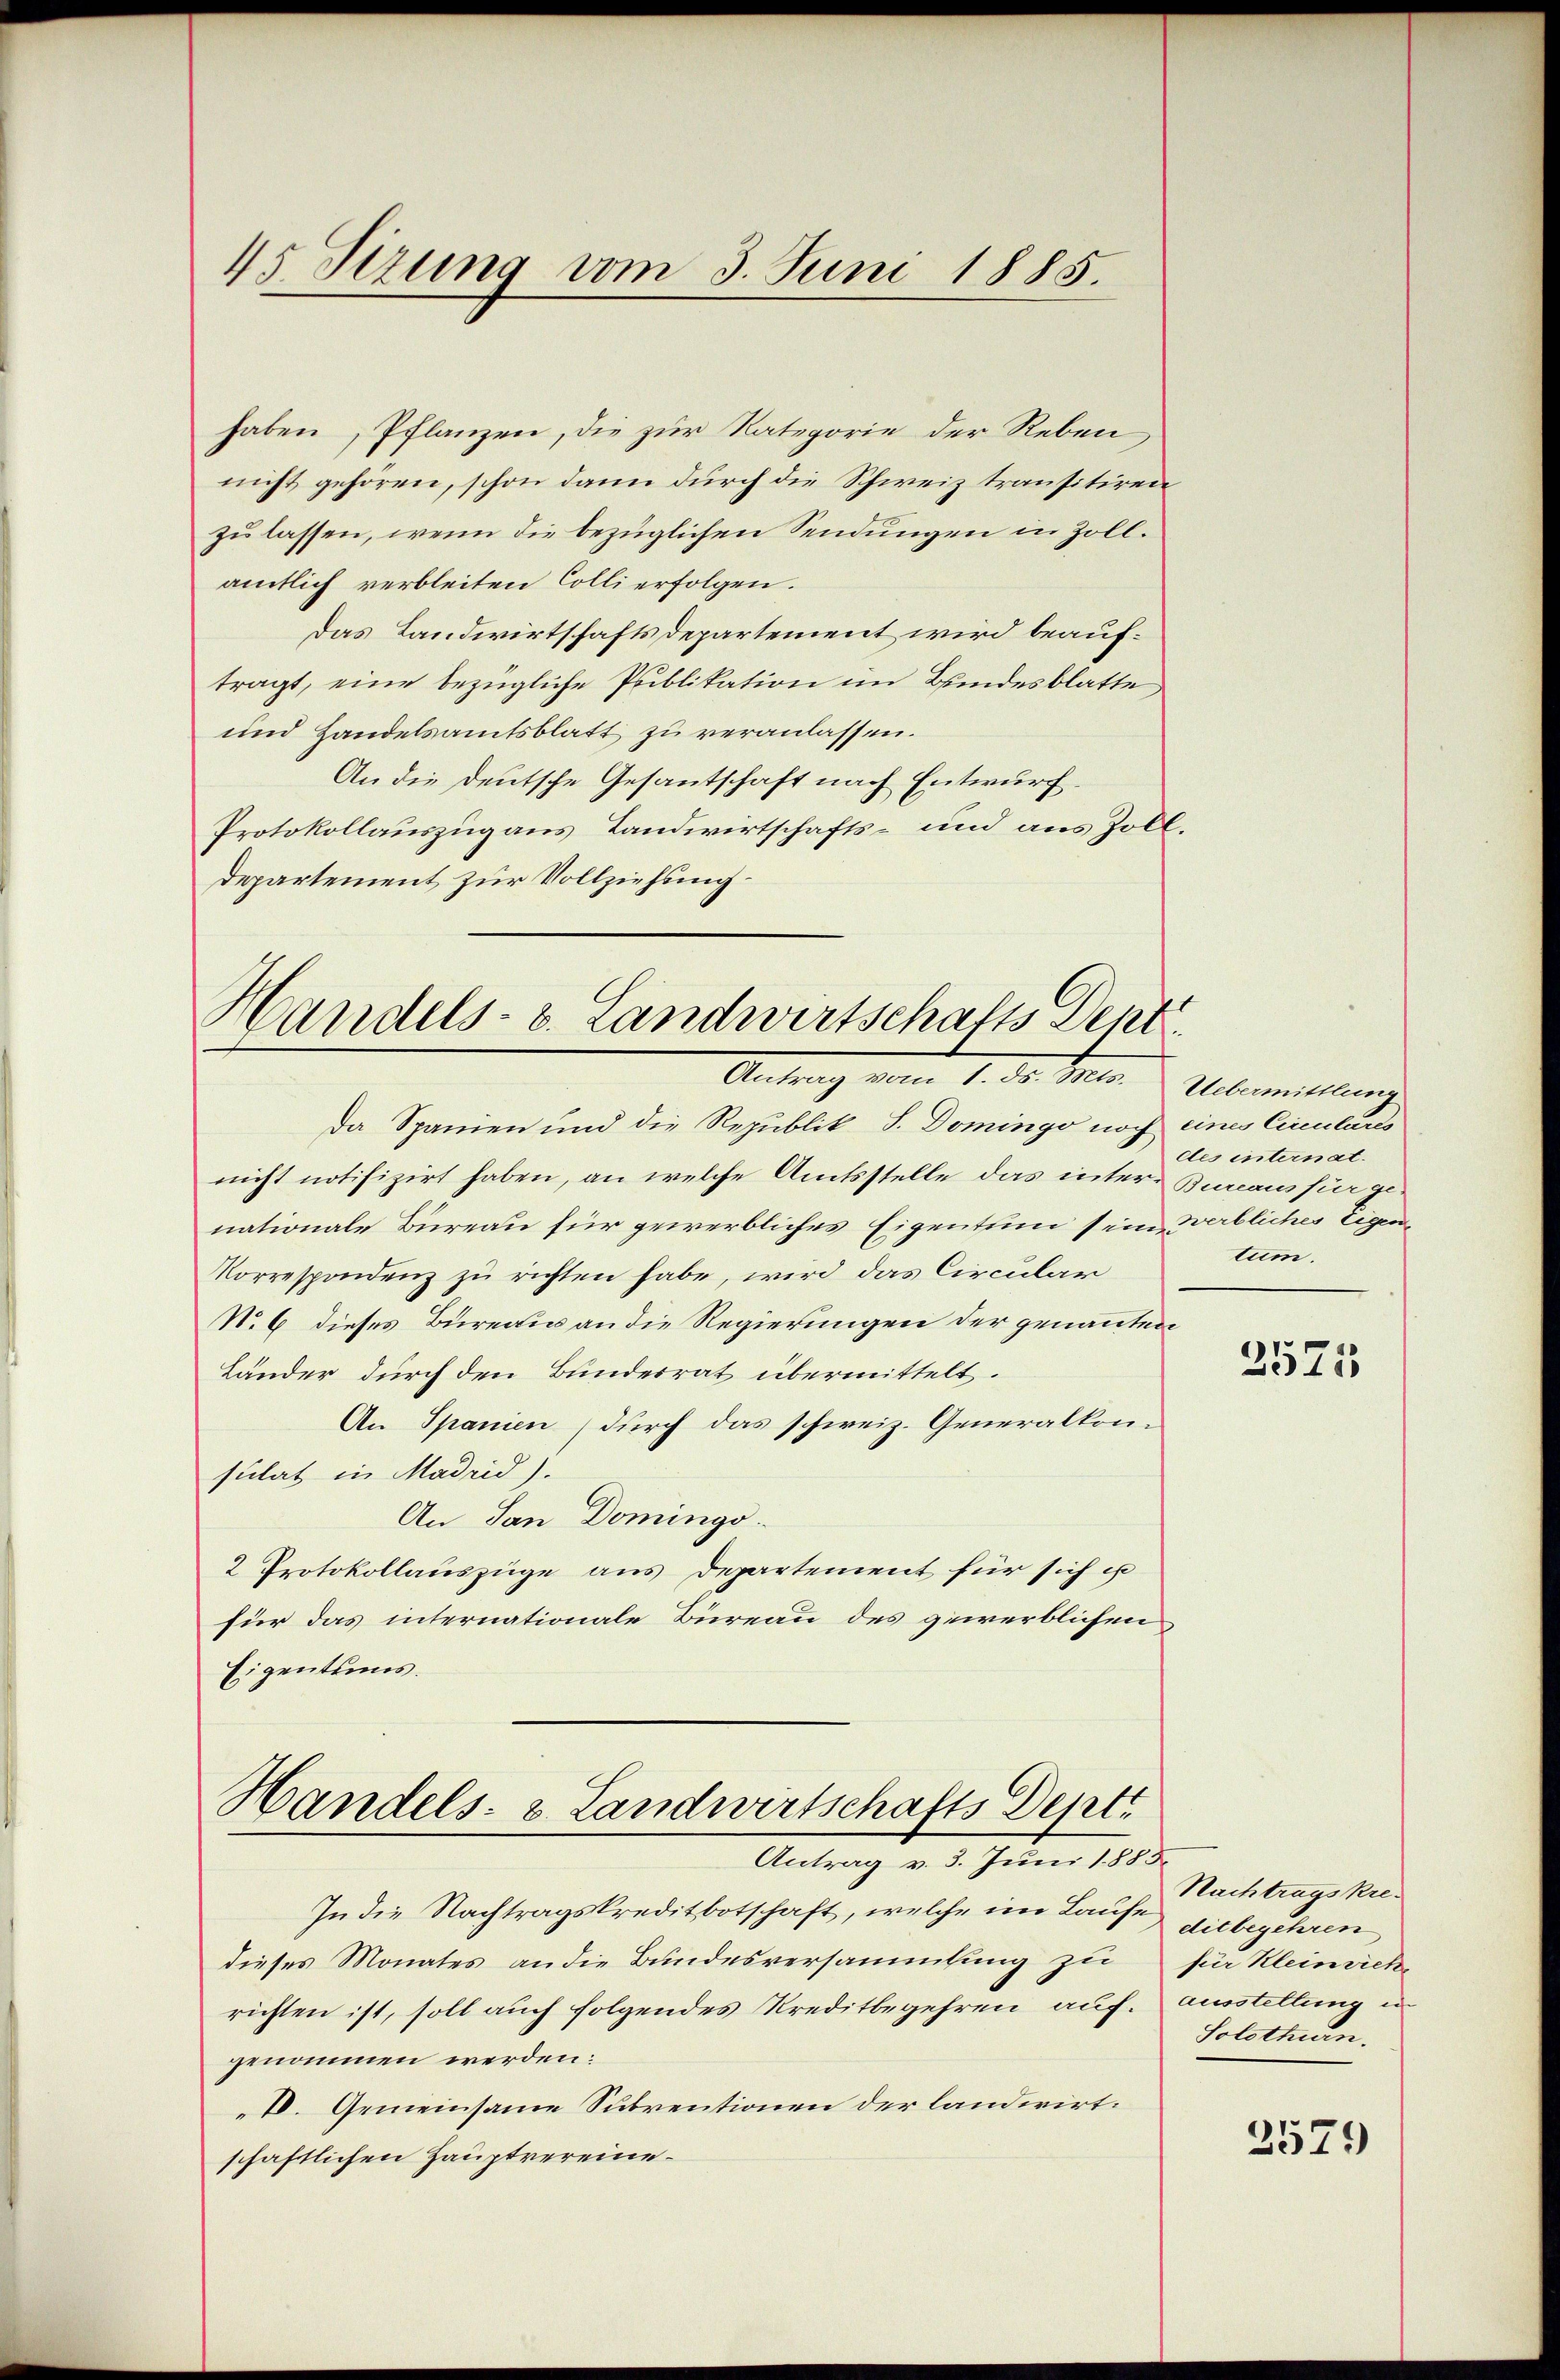
45 Sizung vom 3. Juni 1885.

haben, Pflanzen, die zur Rategorie der Reben,
nicht gehören, schon dann durch die Schweiz transitiren
zu lassen, wenn die bezüglichen Sendungen in Zollamtlich verbleiten Colli erfolgen.
Das Landwirtschaftsdepartement wird beauftragt, eine bezügliche Publikation im Bundesblatte
und Handelsamtsblatt zu veranlassen.
An die Deutsche Gesantschaft nach Entwurf.
Protokollauszug aus Landwirtschafts- und aus Zoll.
Departement zur Vollziehung.

Handels- u. Landwirtschafts Dent
Antrag vom 1. de. Seiter.  Uebermittlung

Handels- & Landwirtschafts Dept.
Antrag v. 3. Juni 1883

Da Spanien und die Republik S. Domingo noch eines Circulares
nicht notifizirt haben, an welche Amtsstelle das inter Bureaus für gen
nationale Büreau für gewerbliches Eigentum sein verbliches Eigen¬
Korrespondenz zu richten habe, wird das Circular
No. 6 dieses Bureau an die Regierungen der genannten
Länder durch den Bundesrat übermittelt.
An Spanien durch das schweiz. Generalkonsulat in Madrid).
An San Domingo
2 Protokollauszüge aus Departement für sich is
für das internationale Büreau des gewerblichen
Eigentums.

In die Nachtragskreditbotschaft, welche im Lauf ditbegehren
dieses Monates an die Bundesversammlung zu
richten ist, soll auch folgendes Kreditbegehren auf.
genommen werden:
IV. Gemeinsame Subventionen der landwirt.
schaftlichen Hauptvereine¬

des internat.
tum.

2575

Nachtragskrefür Kleinriche
Ausstellung in
Solothurn.

2579